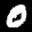
Label: 0